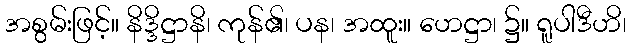
အစွမ်းဖြင့်။ နိဒ္ဒိဋ္ဌာနိ၊ ကုန်၏၊ ပန၊ အထူး။ ဟေဋ္ဌာ၊ ၌။ ရူပါဒီဟိ၊